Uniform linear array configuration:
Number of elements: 48
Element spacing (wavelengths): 0.75
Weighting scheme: exponential
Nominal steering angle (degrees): -45
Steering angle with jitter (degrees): -43.493
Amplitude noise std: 0.05
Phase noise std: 0.05

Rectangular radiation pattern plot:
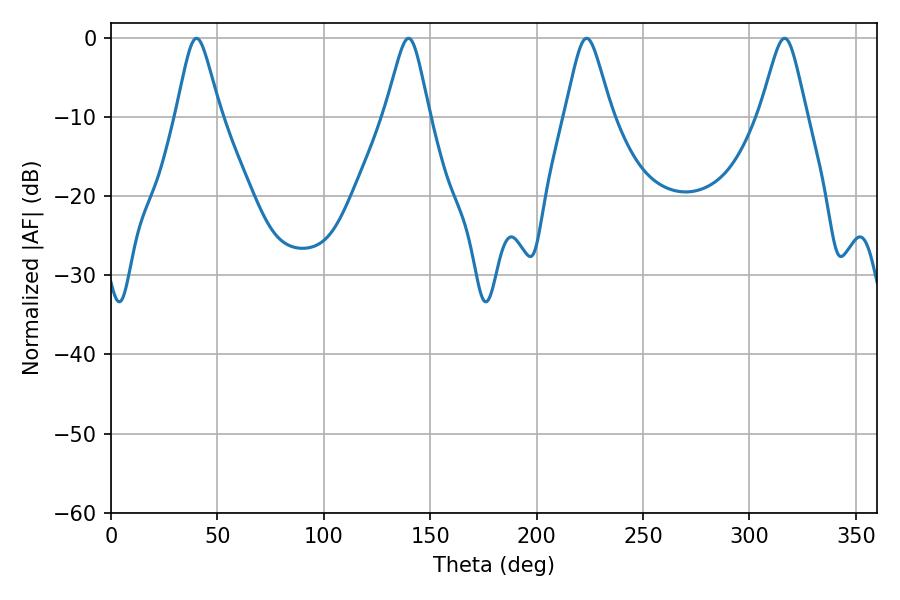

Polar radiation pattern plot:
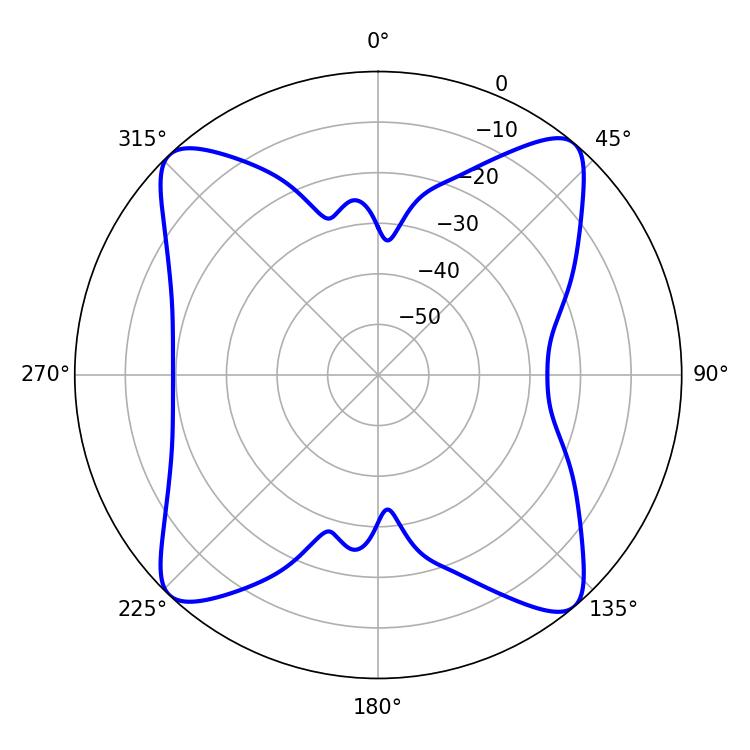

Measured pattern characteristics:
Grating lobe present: TRUE
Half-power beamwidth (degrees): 9.9
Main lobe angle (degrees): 40.14